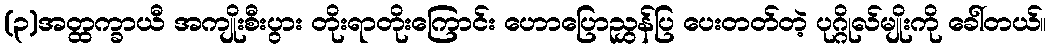
(၃)အတ္ထက္ခာယီ အကျိုးစီးပွား တိုးရာတိုးကြောင်း ဟောပြောညွှန်ပြ ပေးတတ်တဲ့ ပုဂ္ဂိုလ်မျိုးကို ခေါ်တယ်။